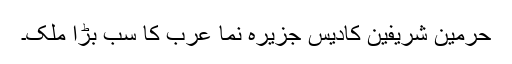
حرمین شریفین کادیس جزیرہ نما عرب کا سب بڑا ملک۔